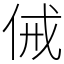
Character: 㑘